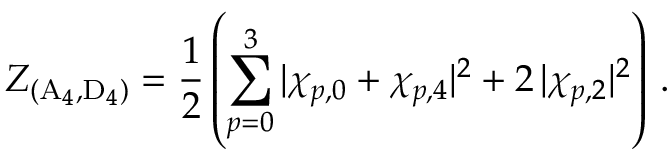
Z _ { ( \mathrm { A } _ { 4 } , \mathrm { D } _ { 4 } ) } = \frac 1 2 \left( \sum _ { p = 0 } ^ { 3 } | \chi _ { p , 0 } + \chi _ { p , 4 } | ^ { 2 } + 2 \, | \chi _ { p , 2 } | ^ { 2 } \right) \, .